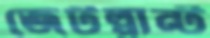
জেটপ্লান্ট